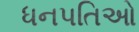
ધનપતિઓ